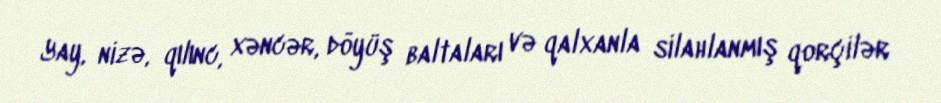
Yay, nizə, qılınc, xəncər, döyüş baltaları və qalxanla silahlanmış qorçilər